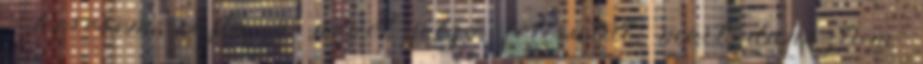
- keresem rajta a nevét jelző feliratot, mert dunsztom